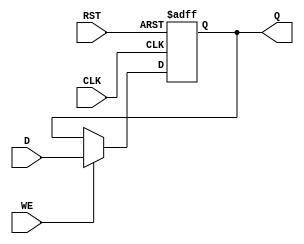
module StoreRegister #(
    parameter WIDTH = 8    // Configure the width of the register
)(
    input  wire              CLK,     // Clock input
    input  wire              WE,      // Write Enable input
    input  wire [WIDTH-1:0] D,       // Data input
    input  wire              RST,     // Asynchronous reset input
    output reg  [WIDTH-1:0] Q        // Data output
);

// Sequential logic block
always @(posedge CLK or posedge RST) begin
    if (RST) begin
        Q <= {WIDTH{1'b0}}; // Initialize the register to zero
    end else if (WE) begin
        Q <= D;             // Capture data on clock edge if WE is high
    end
    // If WE is low, Q retains its current value
end

endmodule